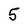
Character: 5